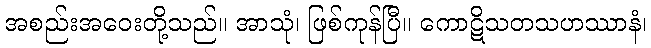
အစည်းအဝေးတို့သည်။ အာသုံ၊ ဖြစ်ကုန်ပြီ။ ကောဋိသတသဟဿာနံ၊